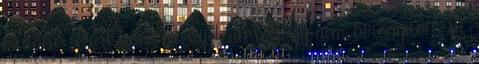
mutáció. Ez a konkrét kijelentés, hogy nem bizonyított, ez